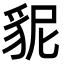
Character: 䝚